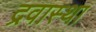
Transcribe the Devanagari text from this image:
द्रवास्था